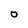
Character: O